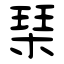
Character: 琹